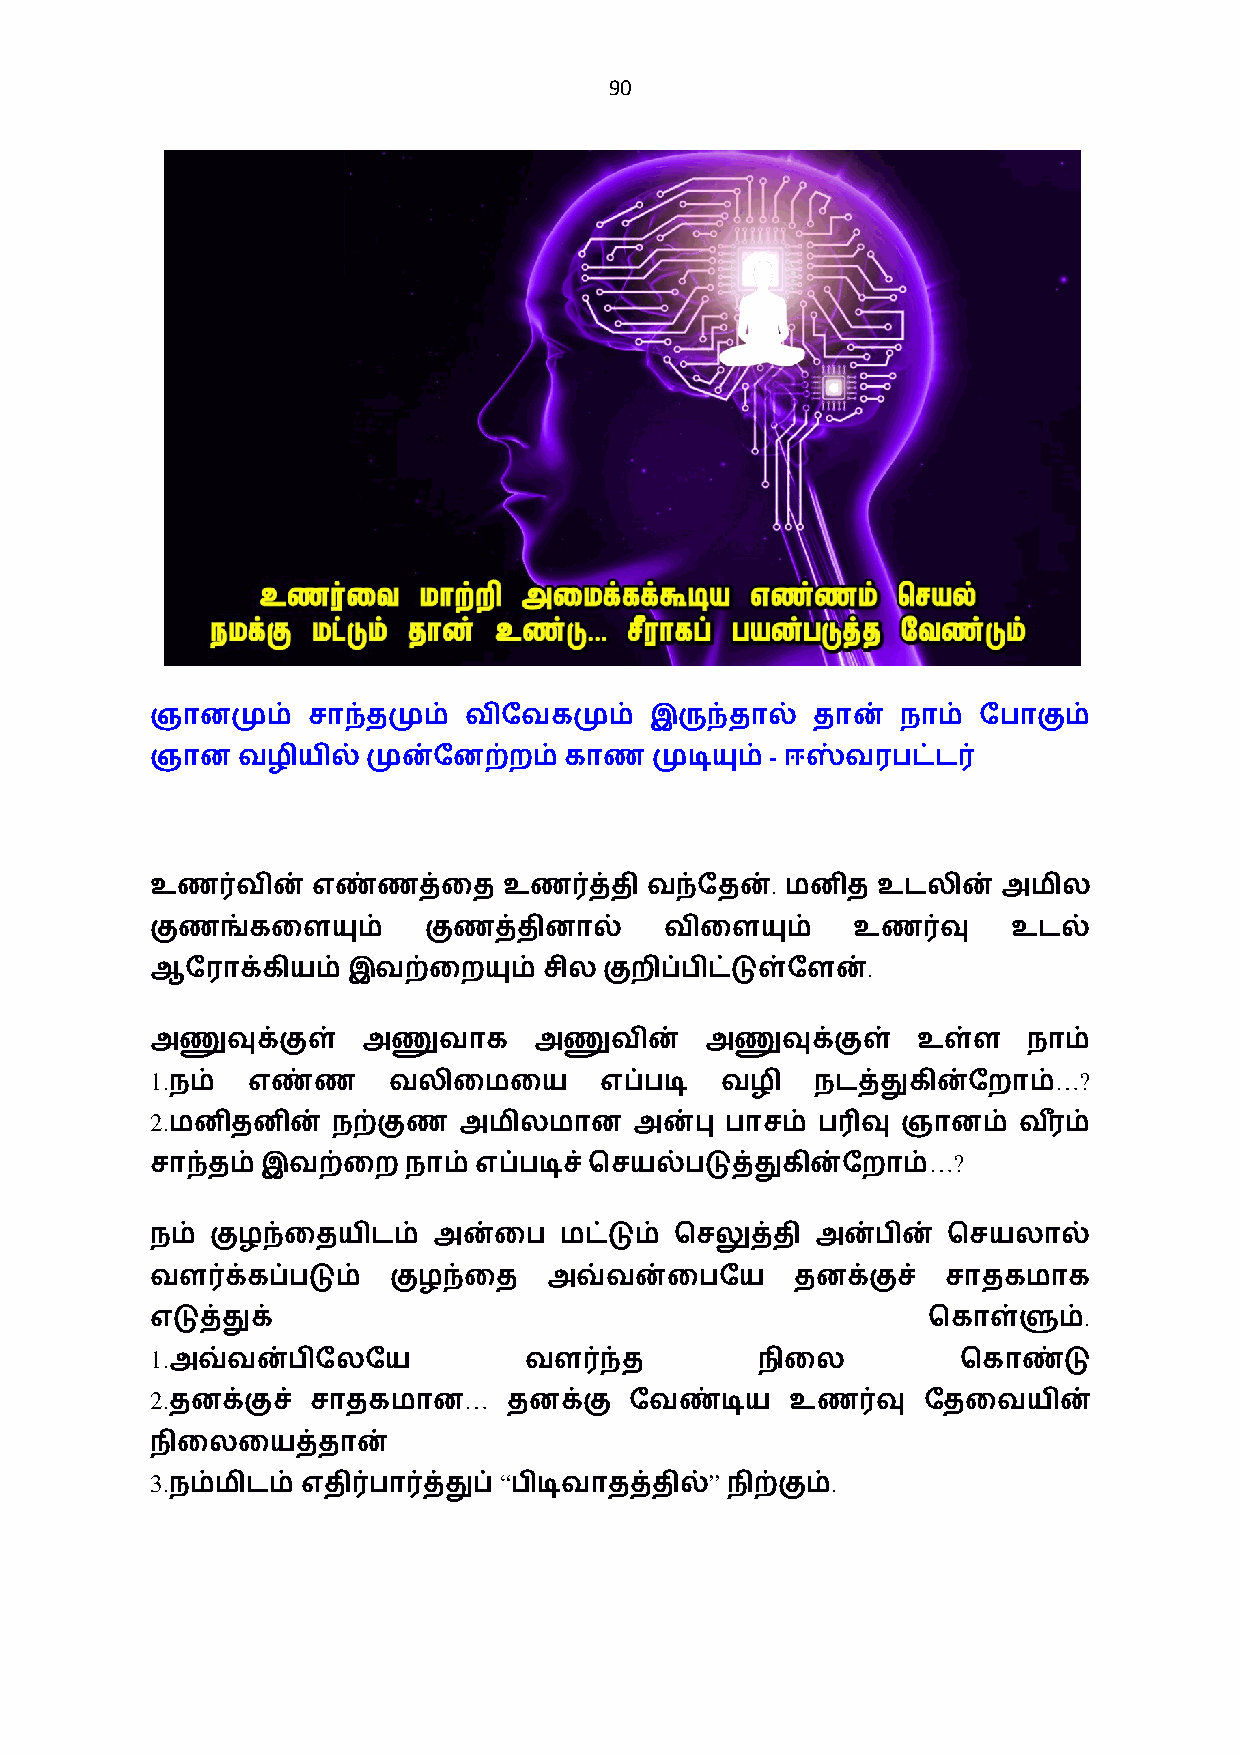
90
 ஞானமும்   சாந்தமும்  விேவகமும்   இருந்தால்  தான்  நாம் ேபாகும்
 -
 ஞான   வழியில்முன்ேனற்றம்காண      முடியும் ஈஸ்வரபட்ட0
 .
 உண0வின்    எண்ணத்ைத    உண0த்தி   வந்ேதன்  மனித  உடலின்  அமில
 குணங்கைளயும்      குணத்தினால்     விைளயும்    உண0வு      உடல்
 .
 ஆேராக்கியம்இவற்ைறயும்     சில குறிப்பிட்டுள்ேளன்
 அணுவுக்குள்   அணுவாக     அணுவின்     அணுவுக்குள்   உள்ள   நாம்
 1.                                                          …?
 நம்  எண்ண      வலிைமைய       எப்படி  வழி   நடத்துகின்ேறாம்
 2.
 மனிதனின்   நற்குண  அமிலமான     அன்பு பாசம் ப3வு  ஞானம்  வர+ ம்
 …?
 சாந்தம் இவற்ைற   நாம் எப்படிச்ெசயல்படுத்துகின்ேறாம்
 நம் குழந்ைதயிடம்   அன்ைப   மட்டும் ெசலுத்தி அன்பின்  ெசயலால்
 வள0க்கப்படும்   குழந்ைத   அவ்வன்ைபேய       தனக்குச்  சாதகமாக
 .
 எடுத்துக்                                          ெகாள்ளும்
 1.
 அவ்வன்பிேலேய            வள0ந்த         நிைல          ெகாண்டு
 2.                   …
 தனக்குச் சாதகமான       தனக்கு  ேவண்டிய   உண0வு    ேதைவயின்
 நிைலையத்தான்
 3.                     “             ”       .
 நம்மிடம் எதி0பா0த்துப் பிடிவாதத்தில் நிற்கும்